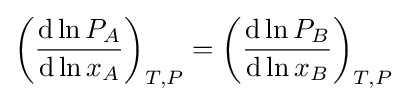
\left({\frac {\mathrm {d} \ln P_{A}}{\mathrm {d} \ln x_{A}}}\right)_{T,P}=\left({\frac {\mathrm {d} \ln P_{B}}{\mathrm {d} \ln x_{B}}}\right)_{T,P}